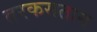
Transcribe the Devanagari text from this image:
तरकसतान